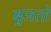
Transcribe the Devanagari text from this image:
बुजतो